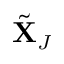
\tilde { \mathbf { X } } _ { J }